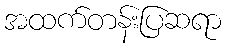
အထက်တန်းပြဆရာ